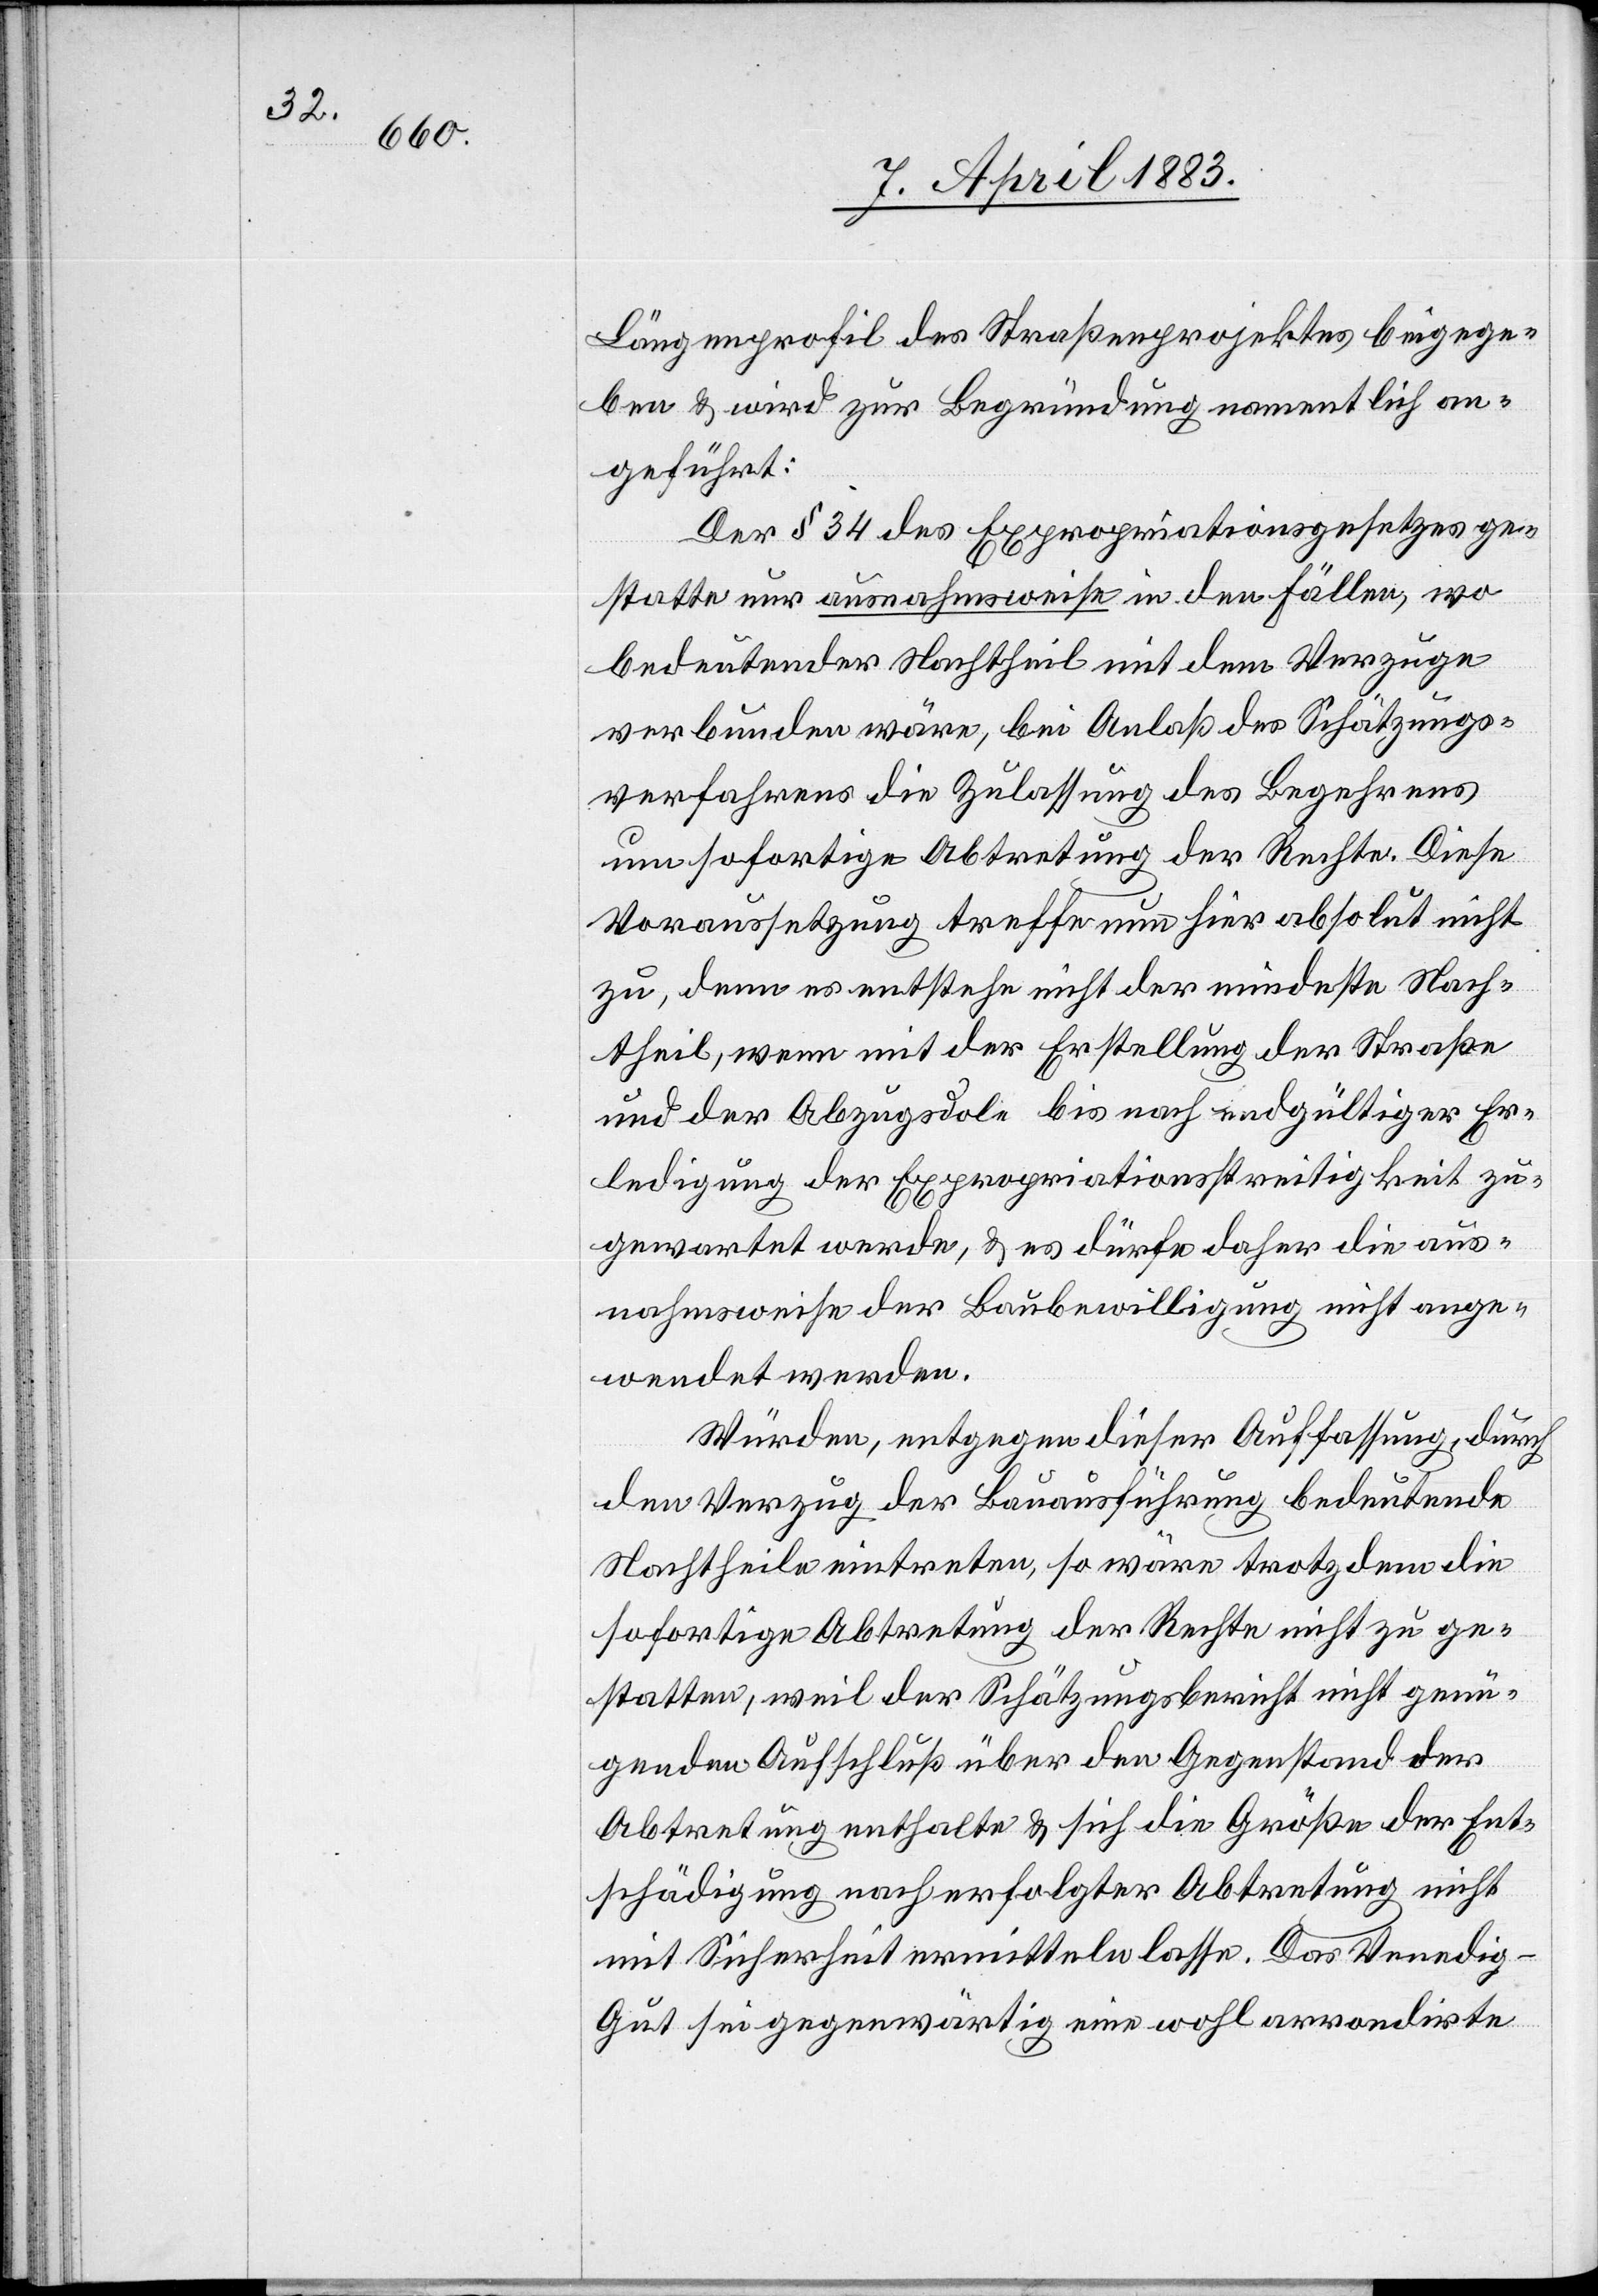
Längenprofil des Straßenprojektes beigege¬
ben & wird zur Begründung namentlich an¬
geführt:
Der § 34 des Expropriationsgesetzes ge¬
statte nur ausnahmsweise in den Fällen, wo
bedeutender Nachtheil mit dem Verzuge
verbunden wäre, bei Anlaß des Schätzungs¬
verfahrens die Zulassung des Begehrens
um sofortige Abtretung der Rechte. Diese
Voraussetzung treffe nun hier absolut nicht
zu, denn es entstehe nicht der mindeste Nach¬
theil, wenn mit der Erstellung der Straße
und der Abzugsdole bis nach endgültiger Er¬
ledigung der Expropriationstreitigkeit zu¬
gewartet werde, & es dürfe daher die aus¬
nahmsweise der Baubewilligung nicht ange¬
wendet werden.
Würden, entgegen dieser Auffassung, durch
den Verzug der Bauausführung bedeutende
Nachtheile eintreten, so wäre trotzdem die
sofortige Abtretung der Rechte nicht zu ge¬
statten, weil der Schätzungsbericht nicht genü¬
genden Aufschluß über den Gegenstand der
Abtretung enthalte & sich die Größe der Ent¬
schädigung nach erfolgter Abtretung nicht
mit Sicherheit ermitteln lasse. Das Venedig-G¬
ut sei gegenwärtig eine wohl arrondirte